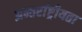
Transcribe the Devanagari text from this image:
अन्तर्राष्ट्रीयता